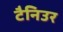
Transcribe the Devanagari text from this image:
टैनिउर